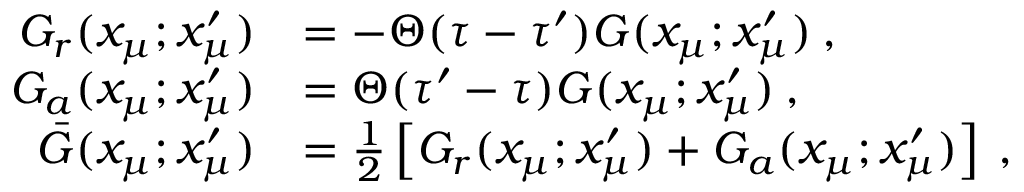
\begin{array} { r l } { G _ { r } ( x _ { \mu } ; x _ { \mu } ^ { \prime } ) } & { = - \Theta ( \tau - \tau ^ { \prime } ) G ( x _ { \mu } ; x _ { \mu } ^ { \prime } ) \: , } \\ { G _ { a } ( x _ { \mu } ; x _ { \mu } ^ { \prime } ) } & { = \Theta ( \tau ^ { \prime } - \tau ) G ( x _ { \mu } ; x _ { \mu } ^ { \prime } ) \: , } \\ { \bar { G } ( x _ { \mu } ; x _ { \mu } ^ { \prime } ) } & { = \frac { 1 } { 2 } \left[ G _ { r } ( x _ { \mu } ; x _ { \mu } ^ { \prime } ) + G _ { a } ( x _ { \mu } ; x _ { \mu } ^ { \prime } ) \right] \: , } \end{array}